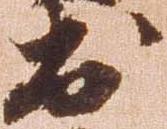
出